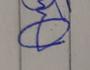
Signature authenticity: genuine